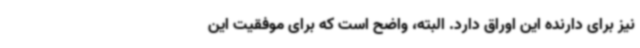
نیز برای دارنده این اوراق دارد. البته، واضح است که برای موفقیت این